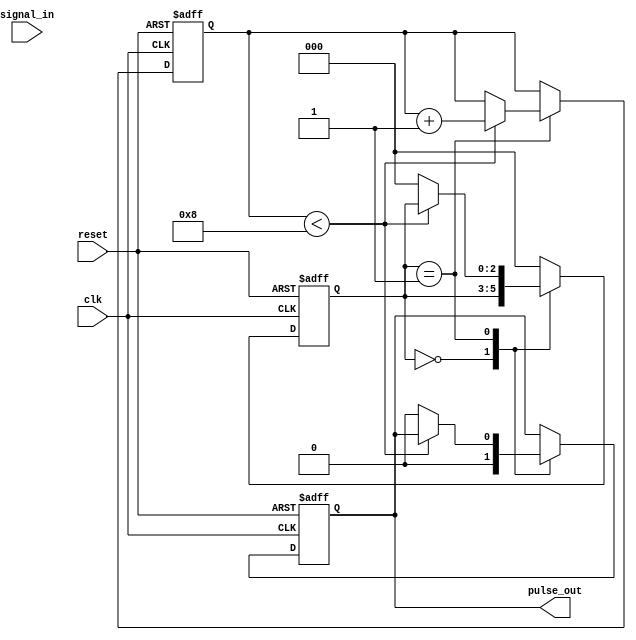
module MonostableEdgeDetector #(
    parameter pulse_width = 8 // configurable pulse width in clock cycles
)(
    input wire clk,           // Clock input
    input wire reset,         // Asynchronous reset
    input wire signal_in,     // Input signal to detect edges
    output reg pulse_out      // Output pulse signal
);

    // Internal signals
    reg [2:0] state;            // State for storing previous signal state
    reg [3:0] pulse_counter;    // Counter for pulse duration

    // Define state encoding
    localparam IDLE       = 3'b000;
    localparam PULSE_START = 3'b001;

    // Edge detection
    always @(posedge clk or posedge reset) begin
        if (reset) begin
            state <= IDLE;
            pulse_out <= 0;
            pulse_counter <= 0;
        end else begin
            // State machine for pulse generation
            case (state)
                IDLE: begin
                    // Check for edges
                    if (signal_in != signal_in) begin // Edge detected
                        pulse_out <= 1;           // Start pulse
                        pulse_counter <= 0;       // Reset counter
                        state <= PULSE_START;     // Transition to pulse state
                    end else begin
                        pulse_out <= 0;           // No pulse
                    end
                end
                
                PULSE_START: begin
                    // Continue to output pulse until count reaches pulse_width
                    if (pulse_counter < pulse_width) begin
                        pulse_counter <= pulse_counter + 1;
                    end else begin
                        pulse_out <= 0;           // End pulse
                        state <= IDLE;            // Return to idle state
                    end
                end
                
                default: begin
                    state <= IDLE; // Reset to idle on any unexpected state
                end
            endcase
        end
    end

    // Store previous signal state for edge detection
    reg signal_in_prev;

    always @(posedge clk) begin
        signal_in_prev <= signal_in;
    end

endmodule